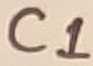
Text: C1